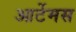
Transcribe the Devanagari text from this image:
आर्टेमस